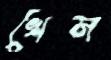
খেস